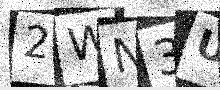
Text: 2WN3UB